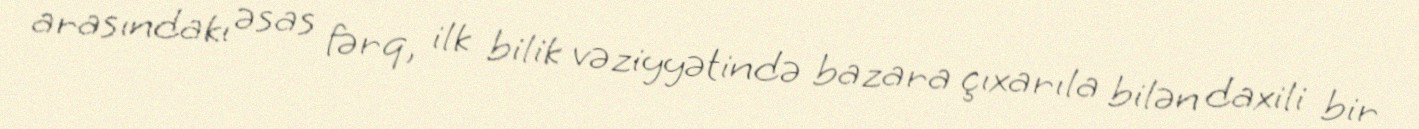
arasındakı əsas fərq, ilk bilik vəziyyətində bazara çıxarıla bilən daxili bir